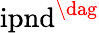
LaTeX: \textup{ipnd}^{\dag}